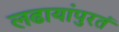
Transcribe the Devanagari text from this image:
लढायांपुरतं